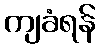
ကျခံရန်